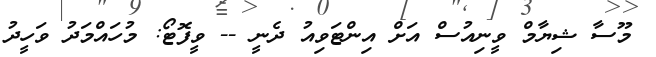
މޫސާ ޝިޔާމް ވީނިއުސް އަށް އިންޓަވިއު ދެނީ -- ވީފޮޓޯ: މުހައްމަދު ވަހީދު